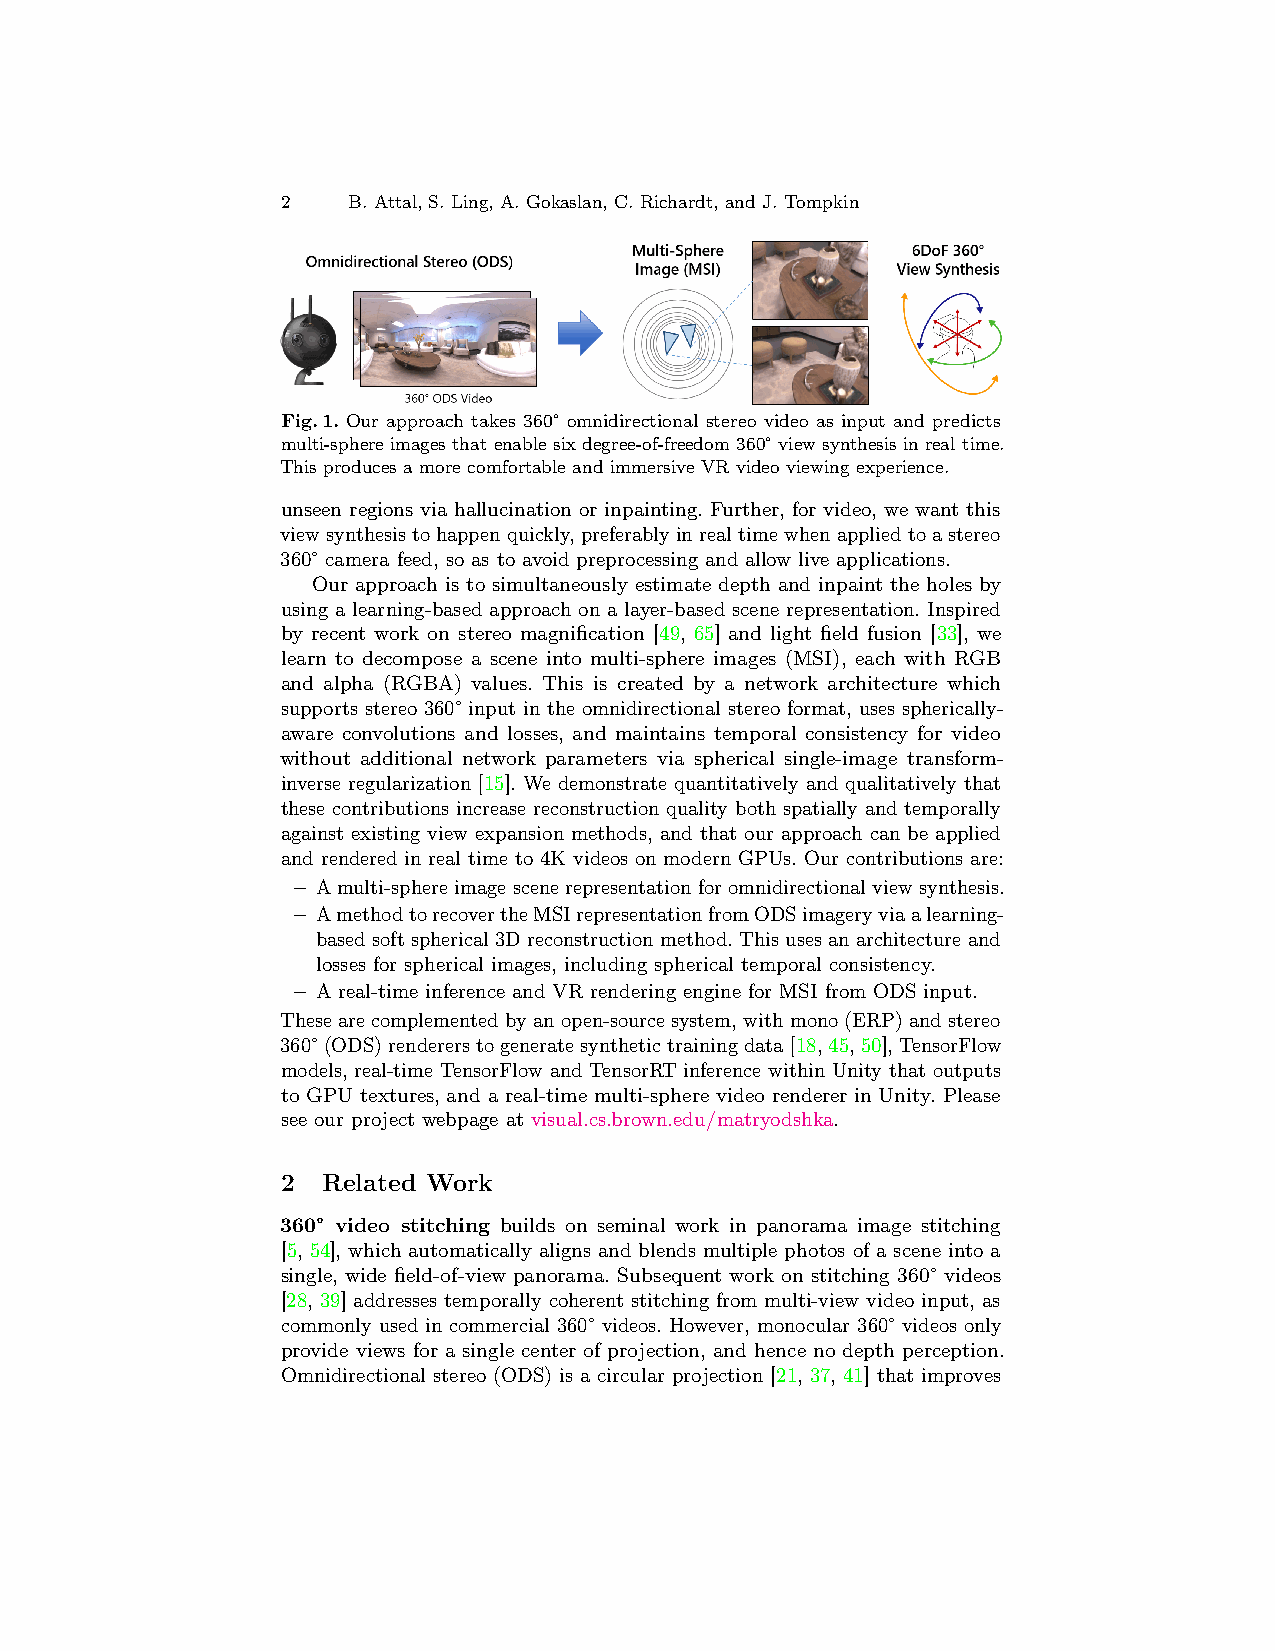
2   B. Attal, S. Ling, A. Gokaslan, C. Richardt, and J. Tompkin
 Fig.1. Our approach takes 360° omnidirectional stereo video as input and predicts
 multi-sphere images that enable six degree-of-freedom 360° view synthesis in real time.
 This produces a more comfortable and immersive VR video viewing experience.
 unseen regions via hallucination or inpainting. Further, for video, we want this
 view synthesis to happen quickly, preferably in real time when applied to a stereo
 360° camera feed, so as to avoid preprocessing and allow live applications.
 Our approach is to simultaneously estimate depth and inpaint the holes by
 using a learning-based approach on a layer-based scene representation. Inspired
 by recent work on stereo magnification [49, 65] and light field fusion [33], we
 learn to decompose a scene into multi-sphere images (MSI), each with RGB
 and alpha (RGBA) values. This is created by a network architecture which
 supports stereo 360° input in the omnidirectional stereo format, uses spherically-
 aware convolutions and losses, and maintains temporal consistency for video
 without additional network parameters via spherical single-image transform-
 inverse regularization [15]. We demonstrate quantitatively and qualitatively that
 these contributions increase reconstruction quality both spatially and temporally
 against existing view expansion methods, and that our approach can be applied
 and rendered in real time to 4K videos on modern GPUs. Our contributions are:
 – A multi-sphere image scene representation for omnidirectional view synthesis.
 – AmethodtorecovertheMSIrepresentationfromODSimageryviaalearning-
 based soft spherical 3D reconstruction method. This uses an architecture and
 losses for spherical images, including spherical temporal consistency.
 – A real-time inference and VR rendering engine for MSI from ODS input.
 These are complemented by an open-source system, with mono (ERP) and stereo
 360°(ODS)rendererstogeneratesynthetictrainingdata[18,45,50],TensorFlow
 models, real-time TensorFlow and TensorRT inference within Unity that outputs
 to GPU textures, and a real-time multi-sphere video renderer in Unity. Please
 see our project webpage at visual.cs.brown.edu/matryodshka.
 2 Related Work
 360° video stitching builds on seminal work in panorama image stitching
 [5, 54], which automatically aligns and blends multiple photos of a scene into a
 single, wide field-of-view panorama. Subsequent work on stitching 360° videos
 [28, 39] addresses temporally coherent stitching from multi-view video input, as
 commonly used in commercial 360° videos. However, monocular 360° videos only
 provide views for a single center of projection, and hence no depth perception.
 Omnidirectional stereo (ODS) is a circular projection [21, 37, 41] that improves